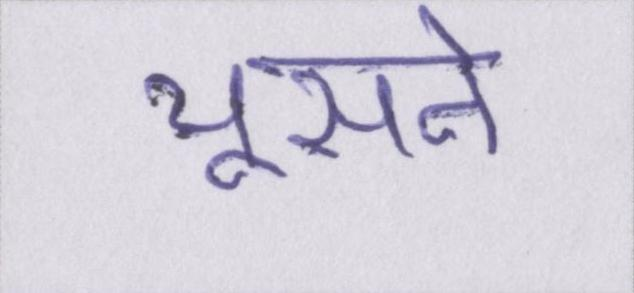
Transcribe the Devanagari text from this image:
चूसने